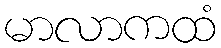
မာလာကထံ